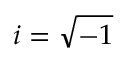
i = { \sqrt { - 1 } }